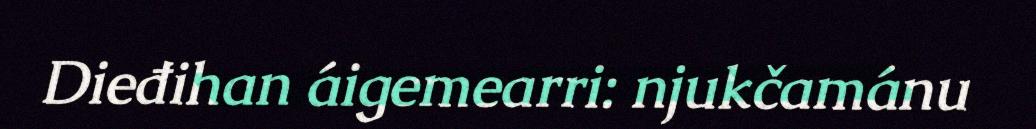
Dieđihan áigemearri: njukčamánu